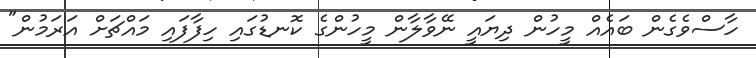
ހާސްވެގެން ބައެއް މީހުން ދިޔައީ ނޭވާލާން މީހުންގެ ކޮނޑުގައި ހިފާފައި މައްޗަށް އަރަމުން"